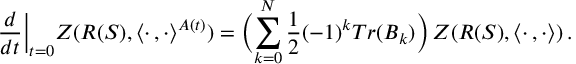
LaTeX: \frac { d } { d t } \biggl | _ { t = 0 } Z ( R ( S ) , \langle \cdot \, , \cdot \rangle ^ { A ( t ) } ) = \biggl ( \sum _ { k = 0 } ^ { N } \frac { 1 } { 2 } ( - 1 ) ^ { k } T r ( B _ { k } ) \biggr ) \, Z ( R ( S ) , \langle \cdot \, , \cdot \rangle ) \, .